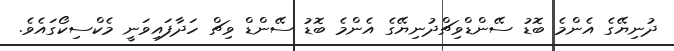
ދުނިޔޭގެ އެންމެ ބޮޑު ސޭންޑްވިޗްދުނިޔޭގެ އެންމެ ބޮޑު ސޭންޑް ވިޗް ހަދާފައިވަނީ މެކްސިކޯގައެވެ.